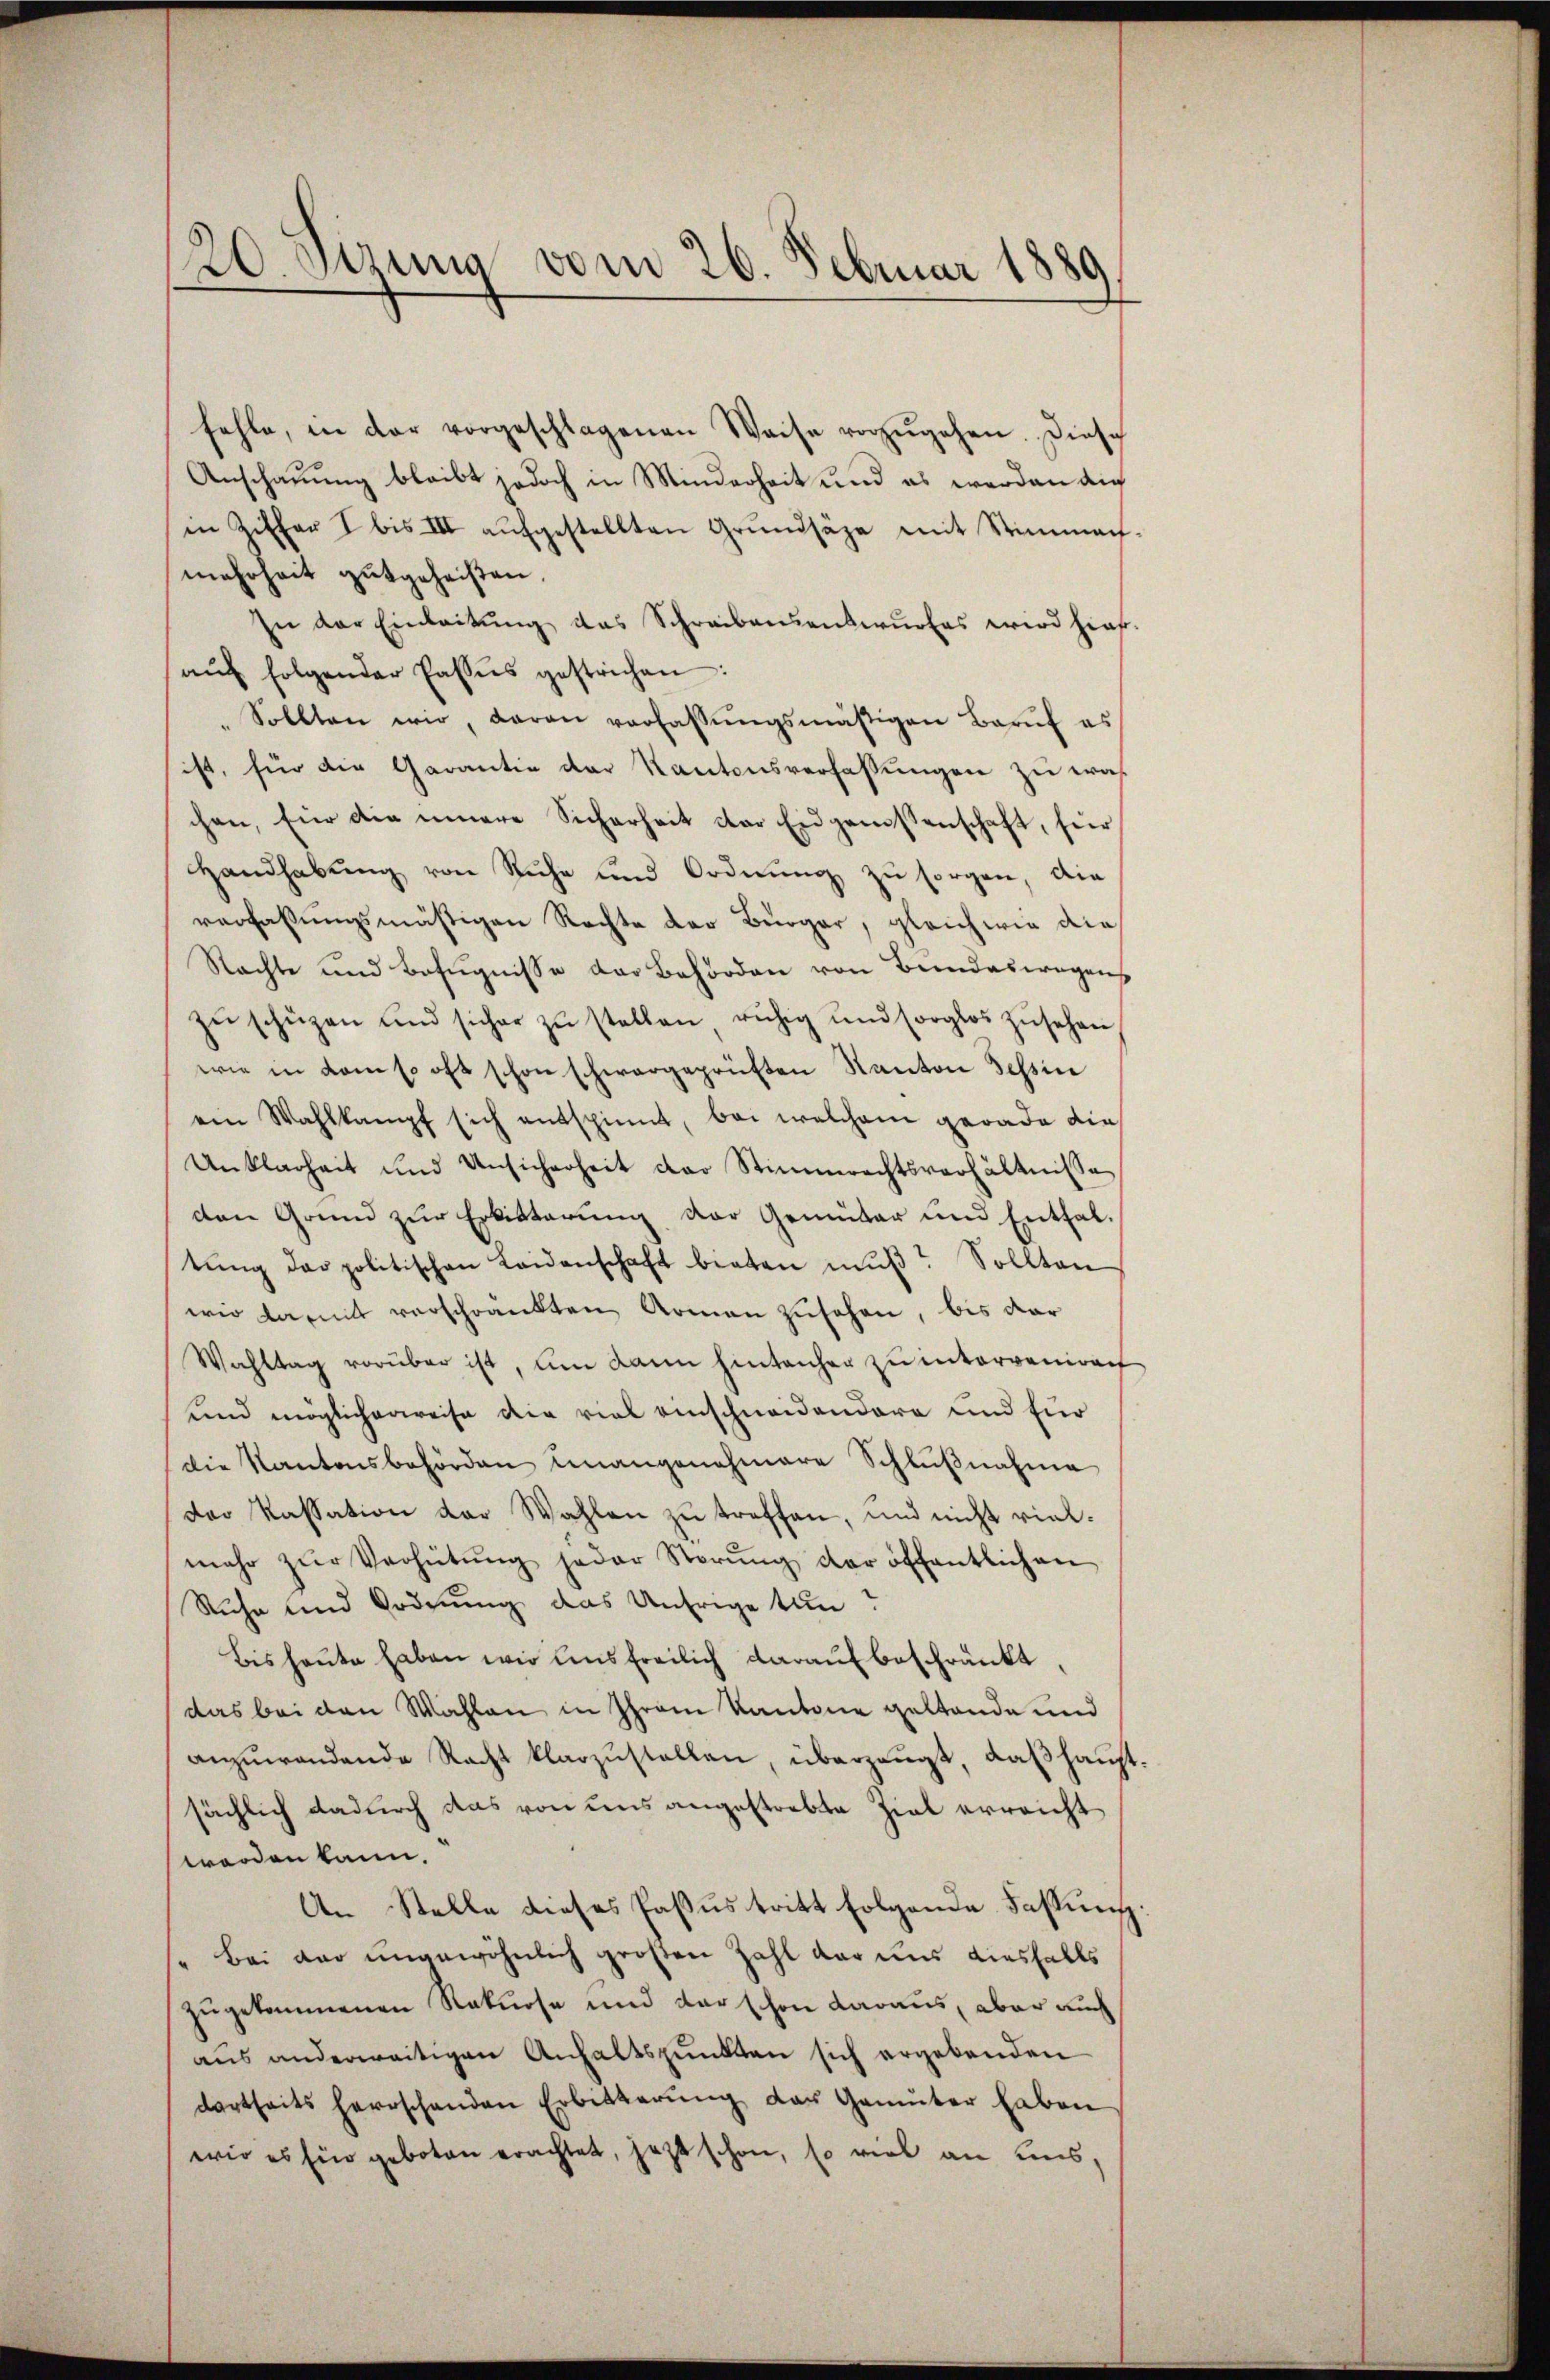
20. Jung vom 26. Februar 1880

fehle, in der vorgeschlagenen Weise vorzŭgehen. Diese
Anschauung bleibt jedoch in Minderheit und es werden die
in Ziffer I bis III aŭfgestellten Grŭndsäze mit Stimmen-
mehrheit gutgeheißen.
In der Einleitŭng das Schreibensentwŭrfes wird hier.
aŭf folgender Passis gestrichen:
Sollten wir, daran verfassŭngsmäßigen Barŭf es
ist, für die Garantie der Kantonsverfassungen zu wah
chen, für die innere Sicherheit der Eidgenossenschaft, für
Handhabŭng von Ruhe und Ordnŭng zu sorgen, die
verfaßungsmäßigen Rechte der Bürger, gleich wie die
Rachte und Befugnisse der Behörden von Bundeswegens
zŭ schüzen und sicher zŭ stellen rŭhig und sorglos zŭsehen
wie in dem so oft schon schwargeprüften Kanton Tessin
ein Wahlkampf sich entspinnt, bei welchem gerade die
Unklarheit und Unsicherheit der Stimmrechtsverhältnisse
den Grund zur Erbitterung der Gemüter und Enthaltŭng der politischen Leidenschaft bieten mŭβ? Sollten
wir damit verschränkten Armen zusehen, bis dar
Wahltag vorüber ist, um dann hintanher zu interveniach
und möglicherweise die viel einschneidendere und für
Die Kantonsbehörden unangenehmere Schlußnahme
der Kassation der Wahlen zŭ treffen, und nicht viel-
mehr zŭr Verhütŭng jeder Störŭng der öffentlichen
Ruche und Ordnung das Unfrige tun?
Bis heŭte haben wir uns freilich daraŭf beschränkt.
das bei den Wahlen in Ihrem Kantone gestande und
anzuwendende Recht klarzustellen, überzeugt, daß hauptsächlich dadurch das von uns angestrebte Ziel erreicht
worden kann.
An Stelle dieses Passus tritt folgende Fassung
Bei der ungewöhnlich großen Zahl dar uns diesfalls
zugekommenen Rekurse und der schon daraus, aber auch
aus anderweitigen Anhaltspunkten sich ergebenden
dartheits herrschanden Erbitterŭng der Gemüter haben
wir es für geboten erachtet, jetzt schon, so viel an eins,